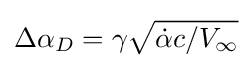
\Delta \alpha _{D}=\gamma {\sqrt {{\dot {\alpha }}c/V_{\infty }}}